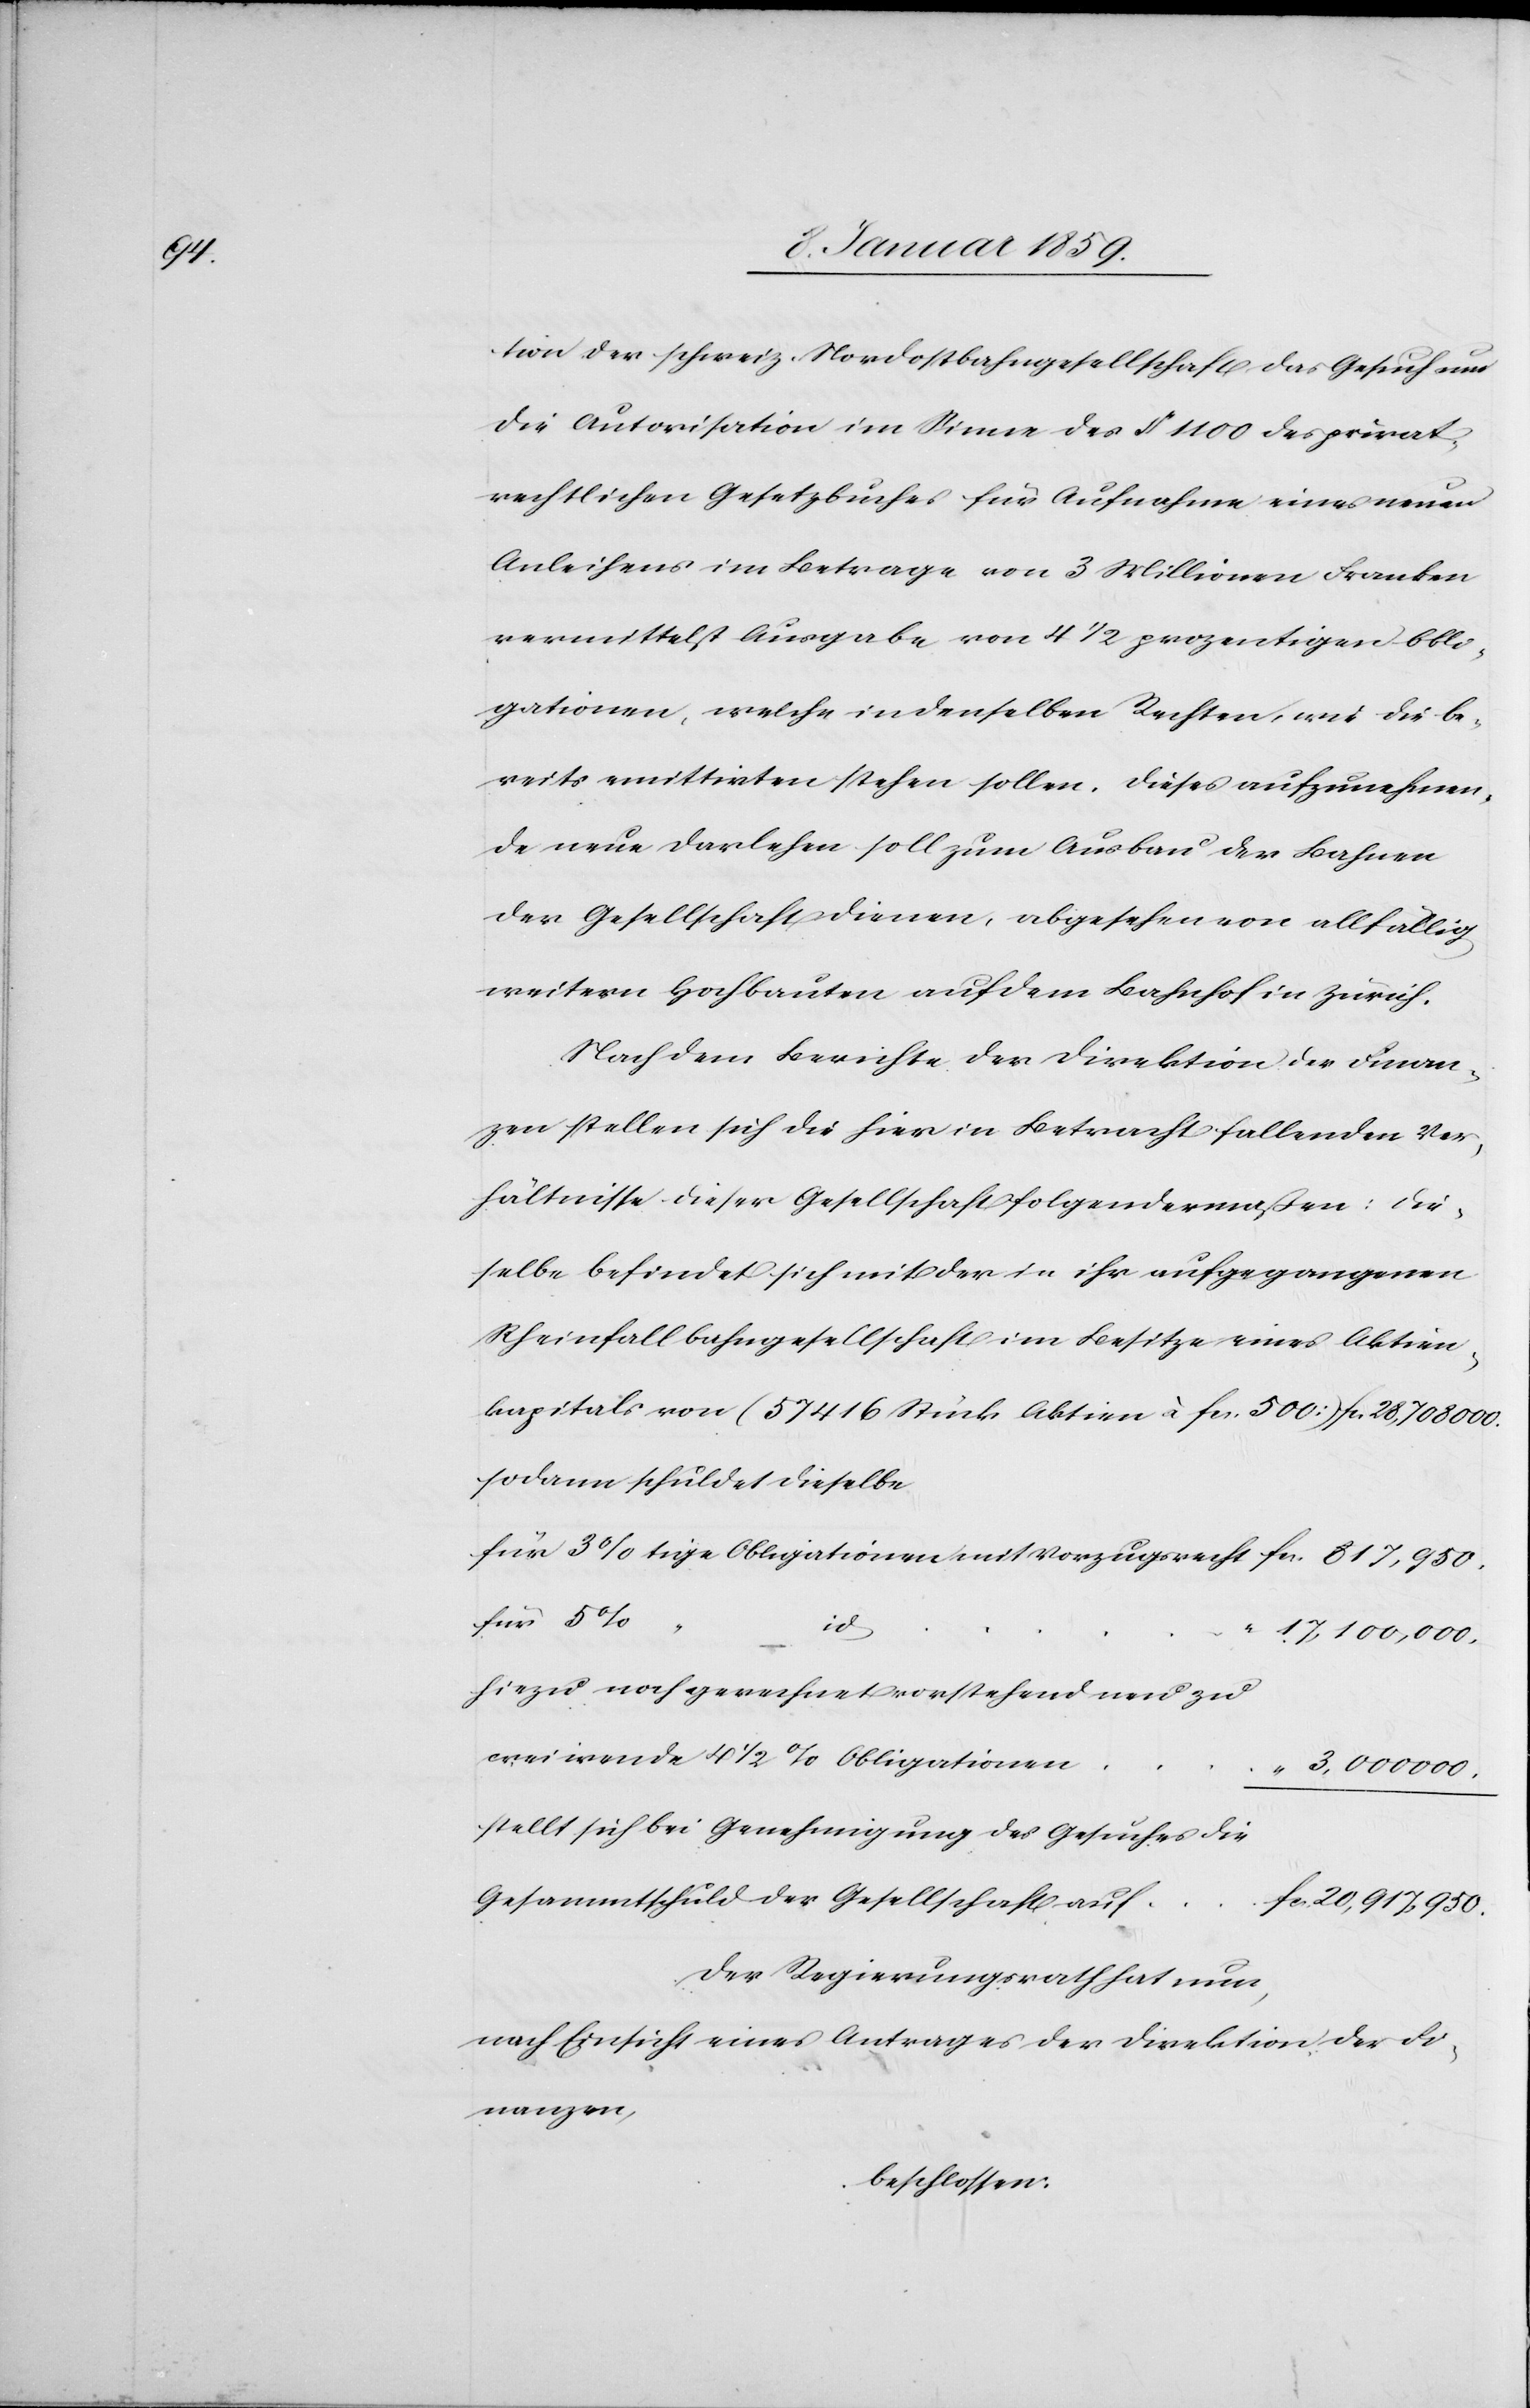
tion der schweiz. Nordostbahngesellschaft das Gesuch um
die Autorisation im Sinne des § 1100 des privat¬
rechtlichen Gesetzbuches für Aufnahme eines neuen
Anleihens im Betrage von 3 Millionen Franken
vermittelst Ausgabe von 41/2 prozentigen Obli¬
gationen, welche in denselben Rechten, wie die be¬
reits emittirten stehen sollen. Dieses aufzunehmen¬
de neue Darlehen soll zum Ausbau der Bahnen
der Gesellschaft dienen, abgesehen von allfällig
weitern Hochbauten auf dem Bahnhof in Zürich.
Nach dem Berichte der Direktion der Finan¬
zen stellen sich die hier in Betracht fallenden Ver¬
hältnisse dieser Gesellschaft folgendermaßen: die¬
selbe befindet sich mit der in ihr aufgegangenen
Rheinfallbahngesellschaft im Besitze eines Aktien¬
kapitals von (57415 Stück Aktien à fcs. 400) fcs. 28,708000.
sodann schuldet dieselbe
für 5%
id
17,100,000.
hiezu noch gerechnet vorstehend neu zu
creiirende [sic!] 41/2 % Obligationen
stellt sich bei Genehmigung des Gesuches die
Gesammtschuld der Gesellschaft auf
fcs. 20,917,950.
Der Regierungsrath hat nun,
nach Einsicht eines Antrages der Direktion der Fi¬
nanzen,
beschlossen: